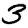
Digit: 3